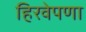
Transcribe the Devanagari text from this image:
हिरवेपणा